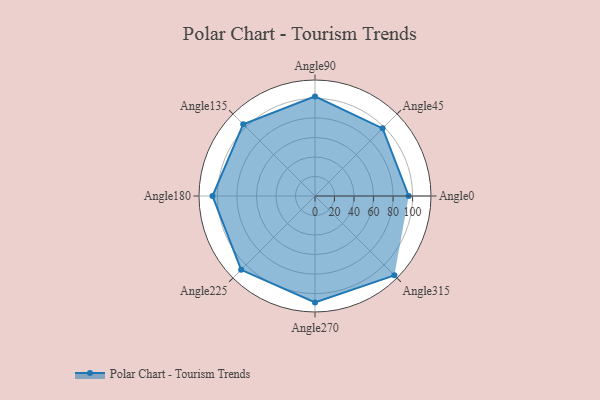
{"axis": {"x": "Angle", "y": "Radius"}, "legend": [""], "data": [{"x": "Angle0", "y": 96.0, "type": ""}, {"x": "Angle45", "y": 98.0, "type": ""}, {"x": "Angle90", "y": 102.0, "type": ""}, {"x": "Angle135", "y": 104.0, "type": ""}, {"x": "Angle180", "y": 105.0, "type": ""}, {"x": "Angle225", "y": 107.0, "type": ""}, {"x": "Angle270", "y": 109.0, "type": ""}, {"x": "Angle315", "y": 115.0, "type": ""}]}